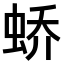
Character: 𫊸